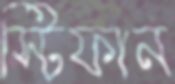
স্টিফান